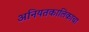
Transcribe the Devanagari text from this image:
अनियतकालिकाचा